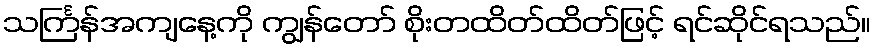
သင်္ကြန်အကျနေ့ကို ကျွန်တော် စိုးတထိတ်ထိတ်ဖြင့် ရင်ဆိုင်ရသည်။